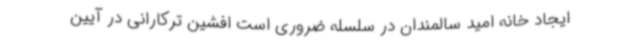
ایجاد خانه امید سالمندان در سلسله ضروری است افشین ترکارانی در آیین